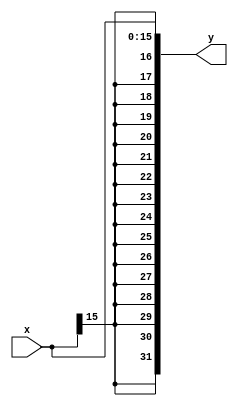
module sign_extention(x,y);
parameter n =16;
input [n-1:0] x;
output [31:0] y ;

assign y = {{n{x[15]}},x};

endmodule